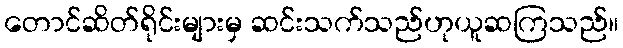
တောင်ဆိတ်ရိုင်းများမှ ဆင်းသက်သည်ဟုယူဆကြသည်။